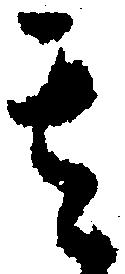
其